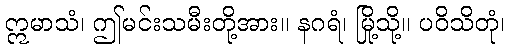
ဣမာသံ၊ ဤမင်းသမီးတို့အား။ နဂရံ၊ မြို့သို့။ ပဝိသိတုံ၊